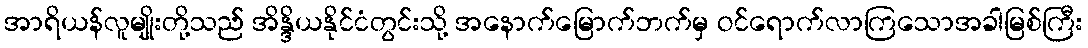
အာရိယန်လူမျိုးတို့သည် အိန္ဒိယနိုင်ငံတွင်းသို့ အနောက်မြောက်ဘက်မှ ဝင်ရောက်လာကြသောအခါမြစ်ကြီး